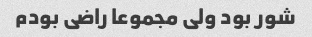
شور بود ولی مجموعا راضی بودم